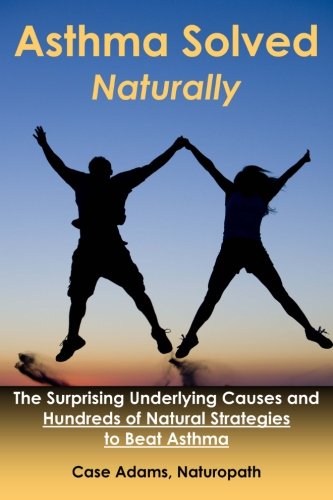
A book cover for Asthma Solved Naturally: The Surprising Underlying Causes and Hundreds of Natural Strategies to Beat Asthma; Case Adams; Health, Fitness & Dieting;